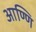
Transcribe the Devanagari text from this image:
आण्णि